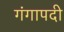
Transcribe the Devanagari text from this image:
गंगापदी